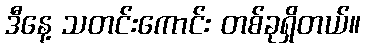
ဒီနေ့ သတင်းကောင်း တစ်ခုရှိတယ်။